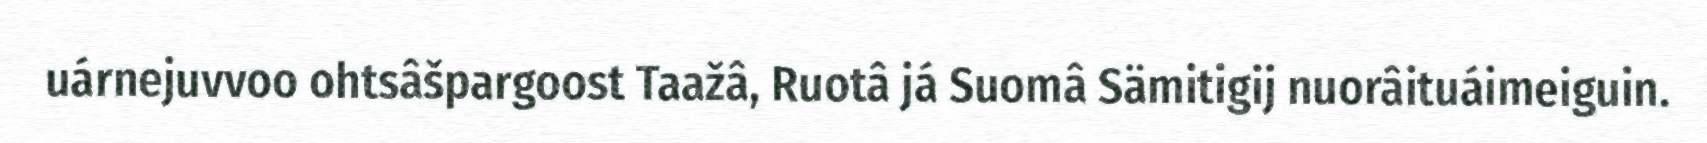
uárnejuvvoo ohtsâšpargoost Taažâ, Ruotâ já Suomâ Sämitigij nuorâituáimeiguin.